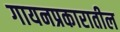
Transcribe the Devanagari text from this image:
गायनप्रकारातील